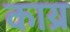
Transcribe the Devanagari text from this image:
काय्र